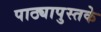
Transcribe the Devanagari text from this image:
पाठ्यापुस्तके